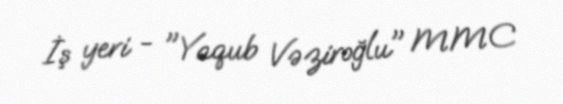
İş yeri - "Yaqub Vəziroğlu" MMC